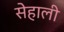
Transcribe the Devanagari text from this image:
सेहाली